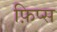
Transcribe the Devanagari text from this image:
फ़िप्स